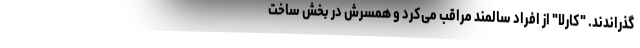
‌گذراندند. "کارلا" از افراد سالمند مراقب می‌کرد و همسرش در بخش ساخت